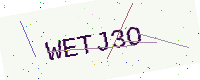
Text: WETJ3O